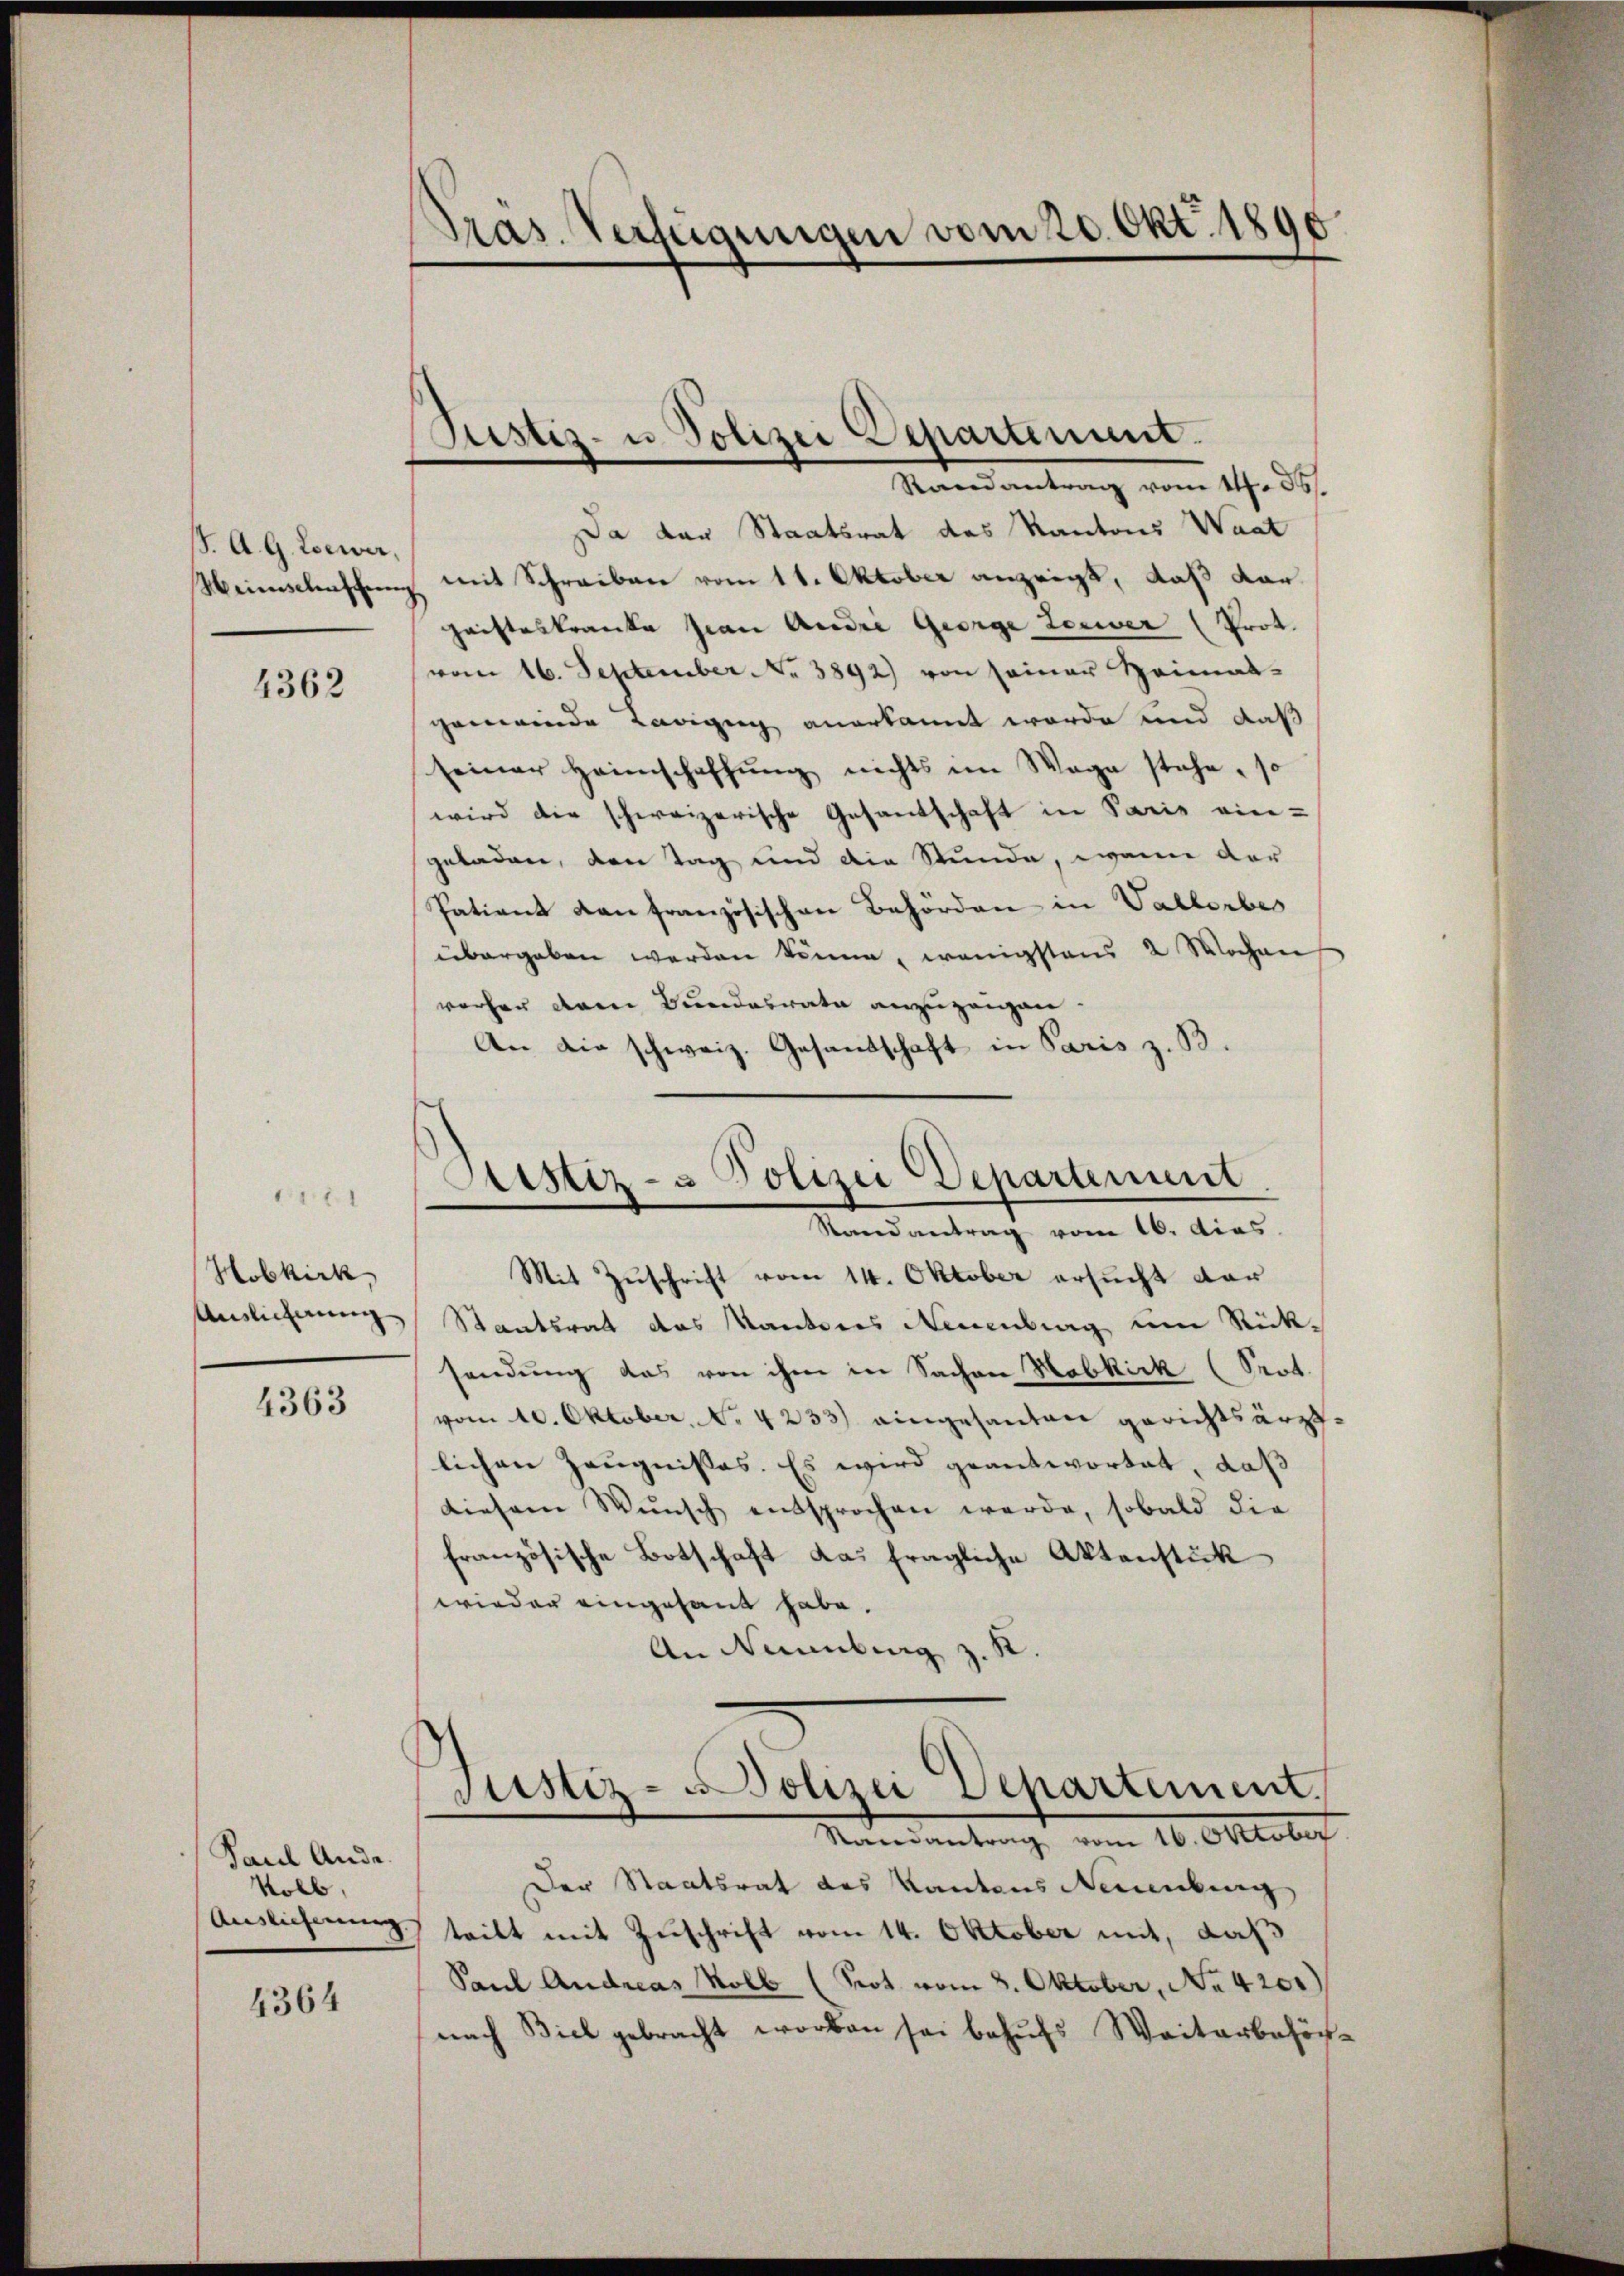
S. A. G. Loewer,
Weinschenschung

4362

1
Hobkirk,
Auslichnung
4363

Paul Ande
koll,
Auslieferung

4364

Pras. Verfügungen vom 20. Okt. 1890

Justiz- u Polizei Departement.

Randantrag vom 14. ds.
Da der Staatsrat des Kantons Waat
mit Schreiben vom 11. Oktober anzeigt, daß dar
haisteskranke sian Andri George teuer (Prot.
vom 16. September No 3892) von seiner Heimat-
gemeinde Ladigung anerkannt worde und daß
seiner Heimschaffŭng nichts im Wege stehe, so
wird die schweizerische Gesandtschaft in Paris ein-
geladen, den Tag und die Stunde, wenn der
Patient von französischen Behörden in Vallerbes
übergeben werden könne, wenigstens 2 Wochen
wochen dem Bundesrate anzuzeigen.
An die schweiz. Gesandschaft in Paris z. B.

Sistiz- & Polizei Departement.
Randantrag vom 16. dies

Mit Zuschrift vom 14. Oktober ersucht dar
Staatsrat des Kantons Neuenburg um Rücksendung das von ihm in Sachen Habkick (Seot.
vom 10. Oktober. . 4233) eingesanten gerichtsärzt.
lichen Zeugnisses. Es wird geantwortet, daß
diesem Wŭnsch entsprochen werde, sobald die
französische Botschaft das fragliche Aktenstück
wieder eingesant habe.
An Naumburg z. B.
Justiz- Polizei Departement.
Nandantrag vom 16. Oktober
Der Staatsrat des Kantons Neuenburg
teilt mit Zuschrift vom 14. Oktober mit, daß
Paul Andreas Kolb (Prot. vom 8. Oktober, No 4201)
nach Biel gebracht worden sei behufs Weiterbehör